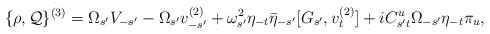
LaTeX: \begin{align*}\{\rho,{\cal Q}\}^{(3)} = \Omega_{s'} V_{-s'} -\Omega_{s'} v^{(2)}_{-s'} +\omega_{s'}^{2} \eta_{-t} \bar{\eta}_{-s'} [G_{s'}, v_t^{(2)}] +i C_{s't}^u \Omega_{-s'} \eta_{-t} \pi_u, \end{align*}